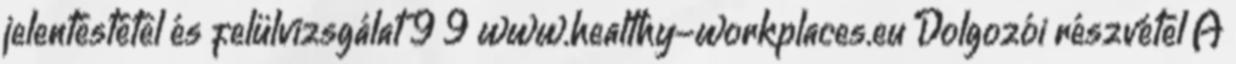
jelentéstétel és felülvizsgálat 9 9 www.healthy-workplaces.eu Dolgozói részvétel A